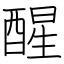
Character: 醒